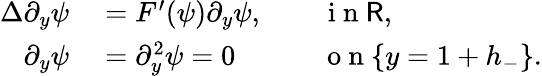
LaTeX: \begin{array}{rl}{\Delta\partial_{y}\psi}&{{}=F^{\prime}(\psi)\partial_{y}\psi,\qquad\mathrm{~i~n~}\mathsf{R},}\\ {\partial_{y}\psi}&{{}=\partial_{y}^{2}\psi=0\qquad\quad\mathrm{~o~n~}\{ y=1+h_{-}\} .}\end{array}